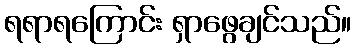
ရရာရကြောင်း ရှာဖွေချင်သည်။